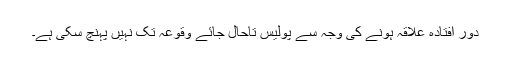
دور اُفتادہ علاقہ ہونے کی وجہ سے پولیس تاحال جائے وقوعہ تک نہیں پہنچ سکی ہے۔